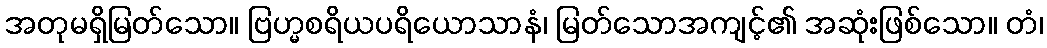
အတုမရှိမြတ်သော။ ဗြဟ္မစရိယပရိယောသာနံ၊ မြတ်သောအကျင့်၏ အဆုံးဖြစ်သော။ တံ၊